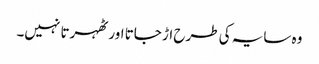
وہ سایہ کی طرح اڑ جاتا اور ٹھہرتا نہیں۔